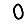
Digit: 0